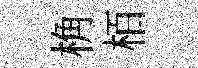
桷栢